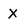
Character: X